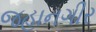
જહાનગીર